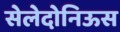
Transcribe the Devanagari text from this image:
सेलेदोनिऊस